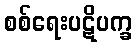
စစ်ရေးပဋိပက္ခ